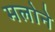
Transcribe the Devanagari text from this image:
मलोने